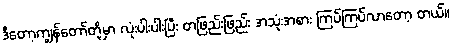
ဒီတော့ကျွန်တော်တို့မှာ လုံးပါးပါးပြီး တဖြည်းဖြည်း အသုံးအစား ကြပ်ကြပ်လာတော့ တယ်။